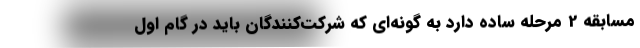
مسابقه 2 مرحله ساده دارد به گونه‌ای که شرکت‌کنندگان باید در گام اول